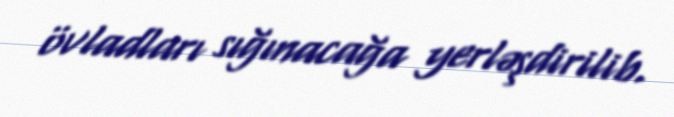
övladları sığınacağa yerləşdirilib.